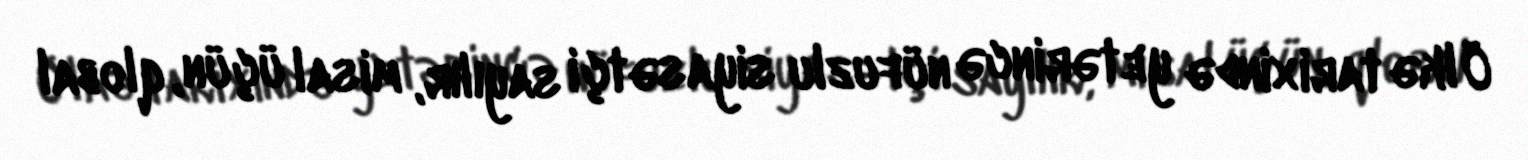
Ölkə tarixində yetərincə nüfuzlu siyasətçi sayılır, misal üçün, qlobal